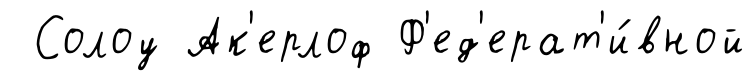
Солоу Ак'ерлоф Ф'ед'ерат'и́вной